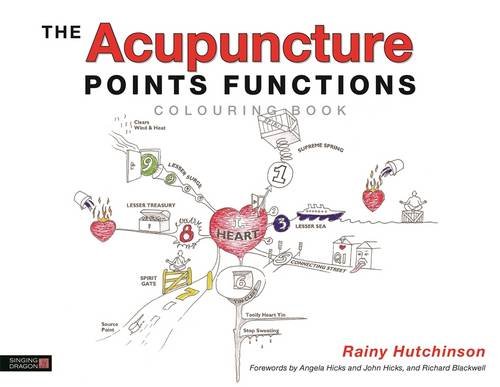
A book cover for The Acupuncture Points Functions Colouring Book; Rainy Hutchinson; Health, Fitness & Dieting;